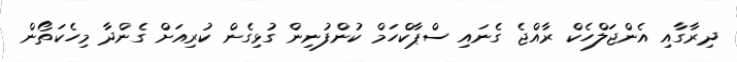
ދިރާގާއި އެންޖަލްހެކް ރާއްޖެ ގެނައި ސްޕާކްހަމް ކުންފުނިން ގުޅިގެން ކުރިއަށް ގެންދާ މިހެކަތޯން